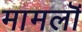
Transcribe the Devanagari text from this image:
मामलॊं